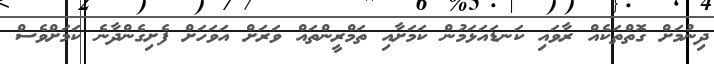
ދިނުމަށް ގޮތްތަކެއް ރާވައި ކަނޑައަޅަމުން ކަމަށާއި ތަމްރީންތައް ވަރަށް އަވަހަށް ފެށިގެންދާނެ ކަމަށްވެސް